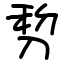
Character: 剓